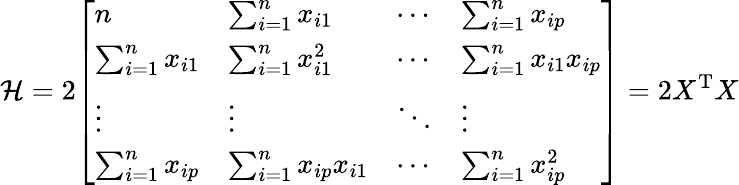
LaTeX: {\mathcal{H}}=2{\left[\begin{array}{llll}{n}&{\sum_{i=1}^{n}x_{i1}}&{\cdots}&{\sum_{i=1}^{n}x_{ip}}\\ {\sum_{i=1}^{n}x_{i1}}&{\sum_{i=1}^{n}x_{i1}^{2}}&{\cdots}&{\sum_{i=1}^{n}x_{i1}x_{ip}}\\ {\vdots}&{\vdots}&{\ddots}&{\vdots}\\ {\sum_{i=1}^{n}x_{ip}}&{\sum_{i=1}^{n}x_{ip}x_{i1}}&{\cdots}&{\sum_{i=1}^{n}x_{ip}^{2}}\end{array}\right]}=2X^{\operatorname{T}}X